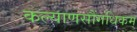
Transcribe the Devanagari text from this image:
कल्याणसौंगधिकम्